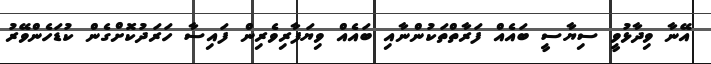
އޭނާ ވިދާޅުވީ ސިޔާސީ ބައެއް ފަރާތްތަކުންނާއި ބައެއް ވިޔަފާރިވެރިން ފައިސާ ހަރަދުކޮށްގެން ކުޑަހެންވޭރު